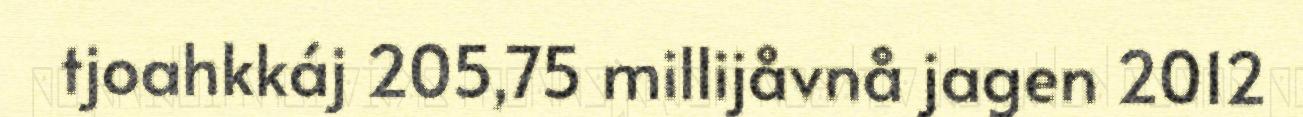
tjoahkkáj 205,75 millijåvnå jagen 2012